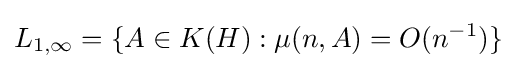
L_{1,\infty }=\{A\in K(H):\mu (n,A)=O(n^{-1})\}